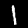
Digit: 1